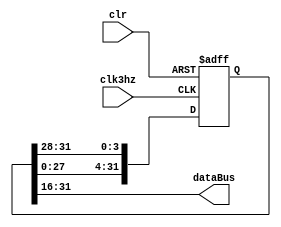
module GPU(
    input clk3hz,
    input clr,
    output [15:0]dataBus
);
    reg[31:0] msgArray;
    parameter NUMBER = 32'h40123456;
    assign dataBus=msgArray[31:16];
    initial begin
        msgArray = NUMBER;
    end

    always @ (posedge clk3hz or negedge clr)
    if(!clr)
        msgArray<=NUMBER;
    else begin
        msgArray[3:0]<=msgArray[31:28];
        msgArray[31:4]<=msgArray[27:0];
    end
endmodule